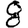
Digit: 8